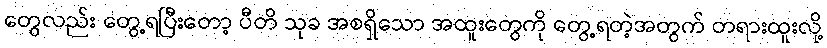
တွေလည်း တွေ့ရပြီးတော့ ပီတိ သုခ အစရှိသော အထူးတွေကို တွေ့ရတဲ့အတွက် တရားထူးလို့